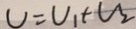
U = U _ { 1 } + U _ { 2 }